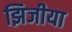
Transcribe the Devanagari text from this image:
झिजीया